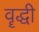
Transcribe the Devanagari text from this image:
वॄद्धी